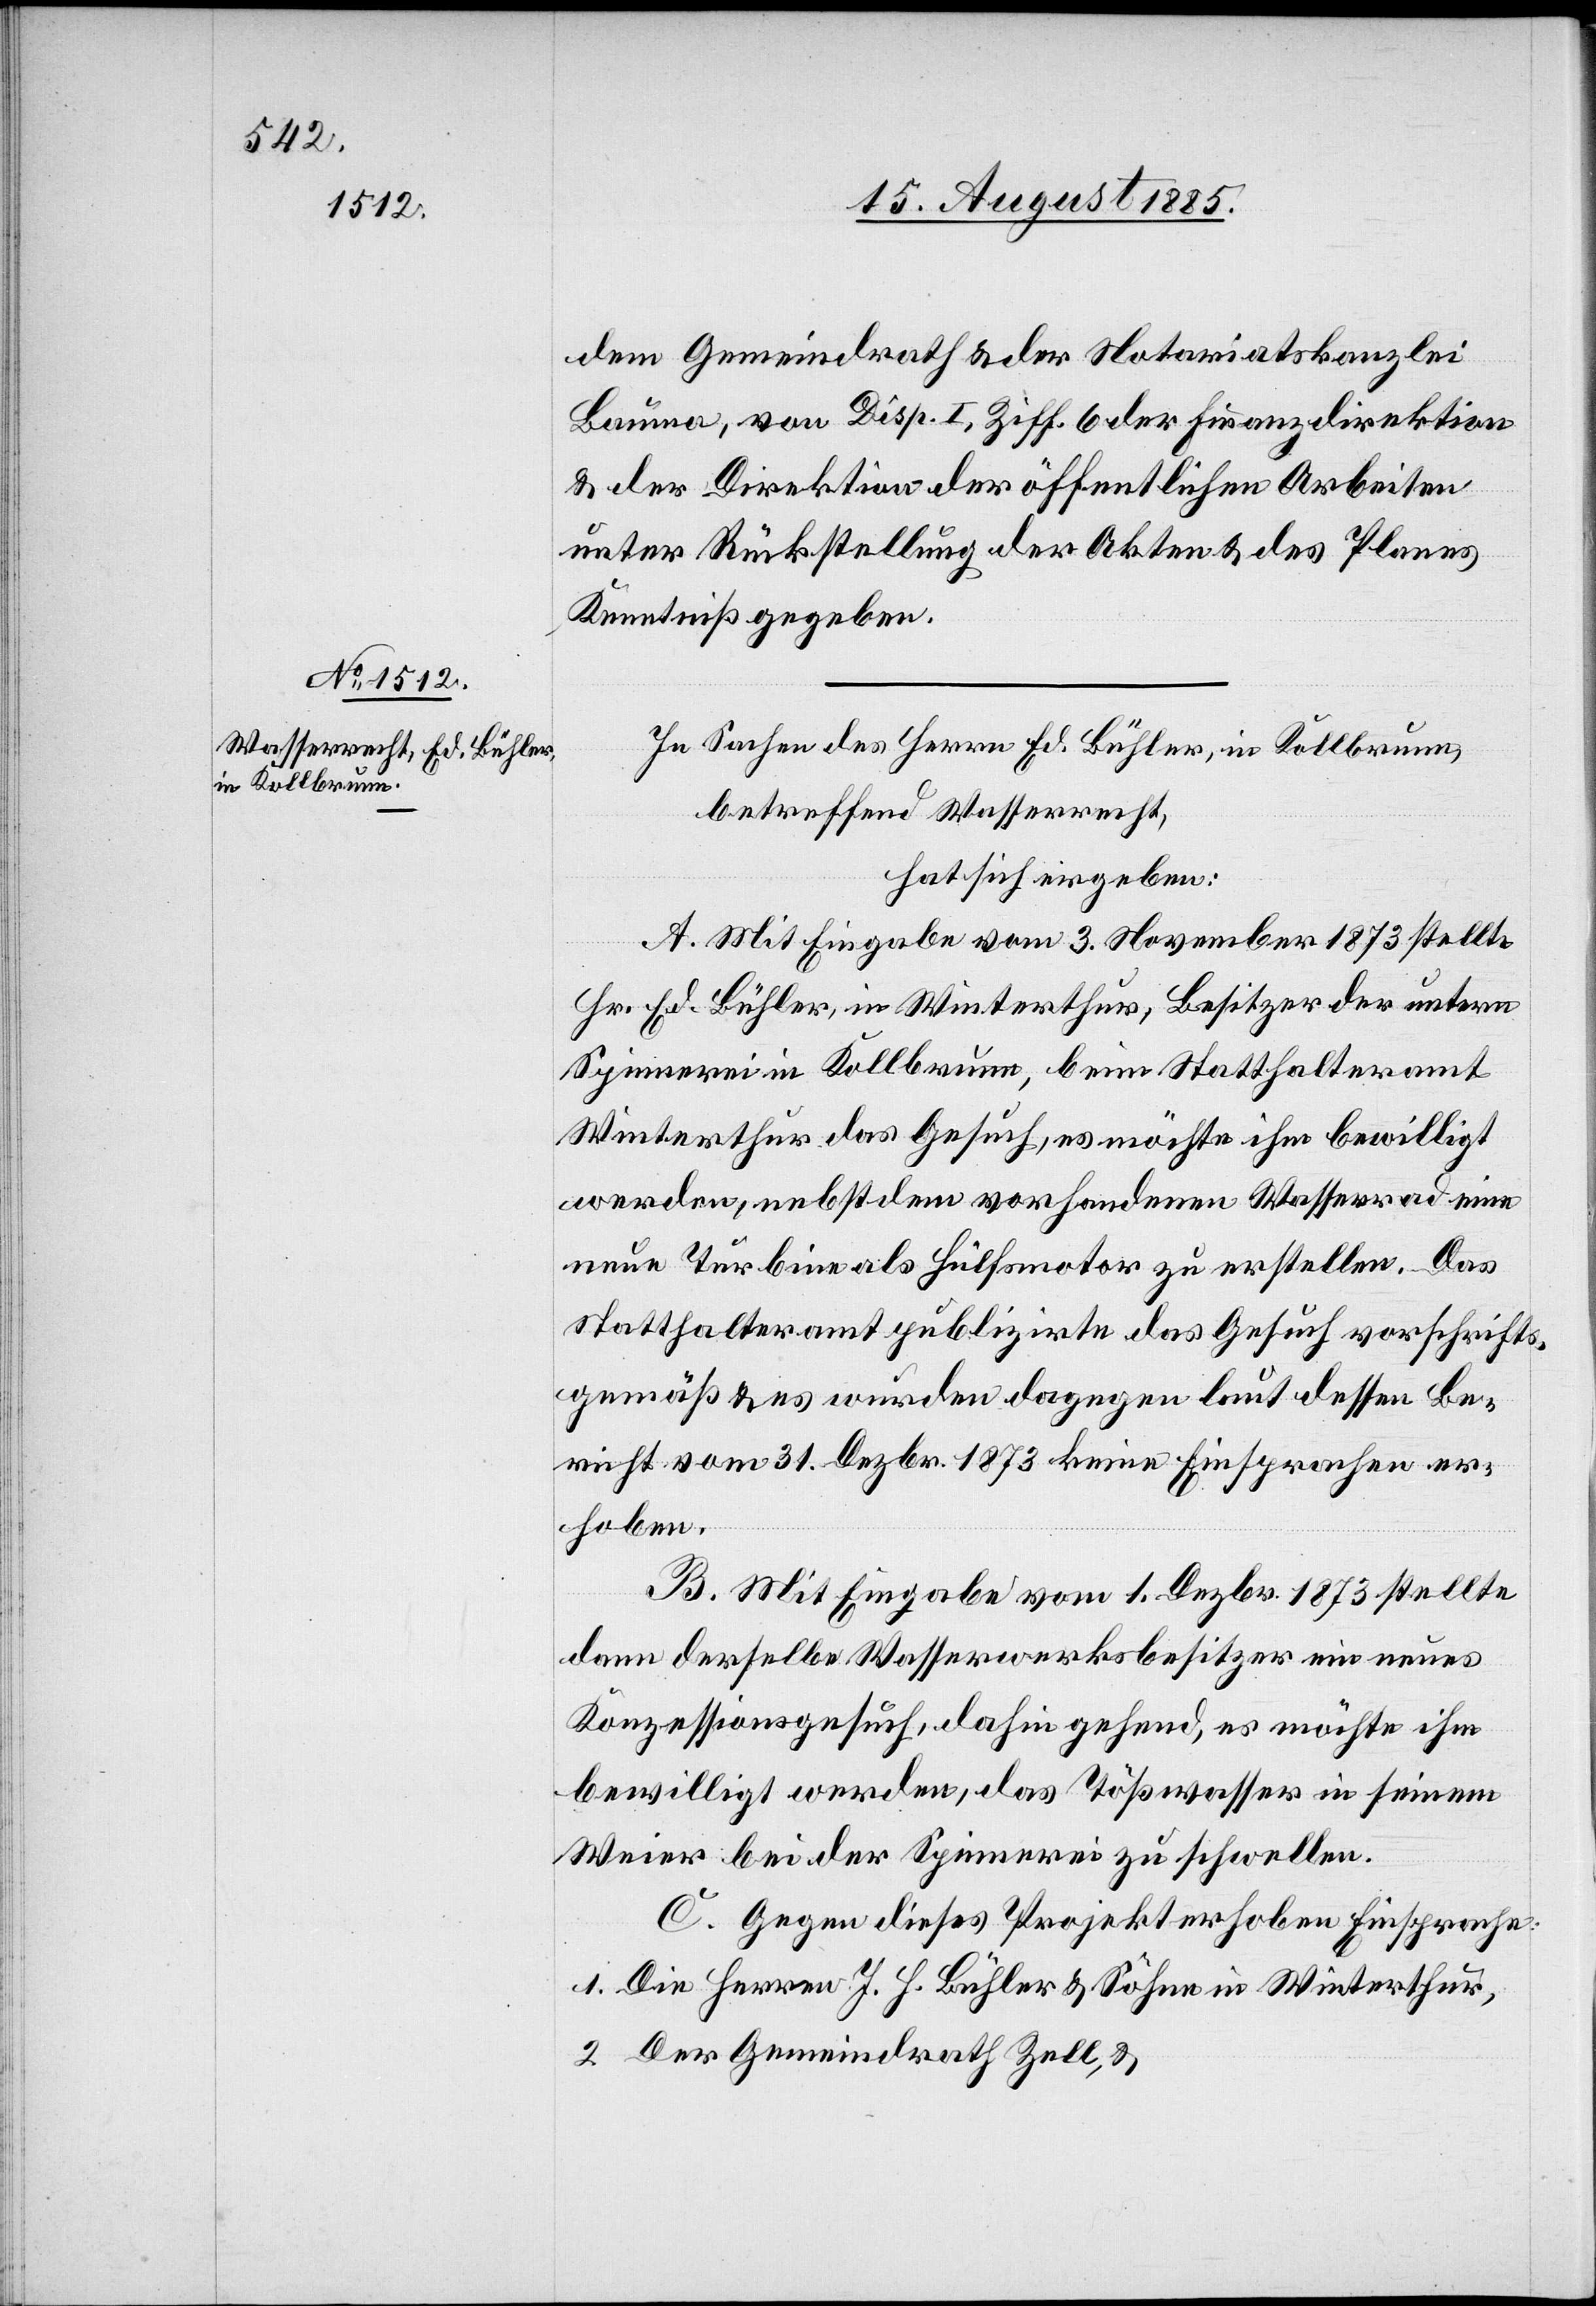
dem Gemeindrath & der Notariatskanzlei
Bauma, von Disp. I, Ziff. 6 der Finanzdirektion
& der Direktion der öffentlichen Arbeiten
unter Rückstellung der Akten & des Planes
Kenntniß gegeben.
In Sachen des Herrn Ed. Bühler, in Kollbrunn,
betreffend Wasserrecht,
hat sich ergeben:
A. Mit Eingabe vom 3. November 1873 stellte
Hr. Ed. Bühler, in Winterthur, Besitzer der untern
Spinnerei in Kollbrunn, beim Statthalteramt
Winterthur das Gesuch, es möchte ihm bewilligt
werden, nebst dem vorhandenen Wasserrad eine
neue Turbine als Hülfsmotor zu erstellen. Das
Statthalteramt publizirte das Gesuch vorschrifts¬
gemäß & es wurden dagegen laut dessen Be¬
richt vom 31. Dezbr. 1873 keine Einsprachen er¬
hoben.
B. Mit Eingabe vom 1. Dezbr. 1873 stellte
dann derselbe Wasserwerksbesitzer ein neues
Konzessionsgesuch, dahingehend, es möchte ihm
bewilligt werden, das Tößwasser in seinem
Weier bei der Spinnerei zu schwellen.
C. Gegen dieses Projekt erhoben Einsprachen:
1. Die Herren J. H. Bühler & Söhne in Winterthur,
2. Der Gemeindrath Zell, &